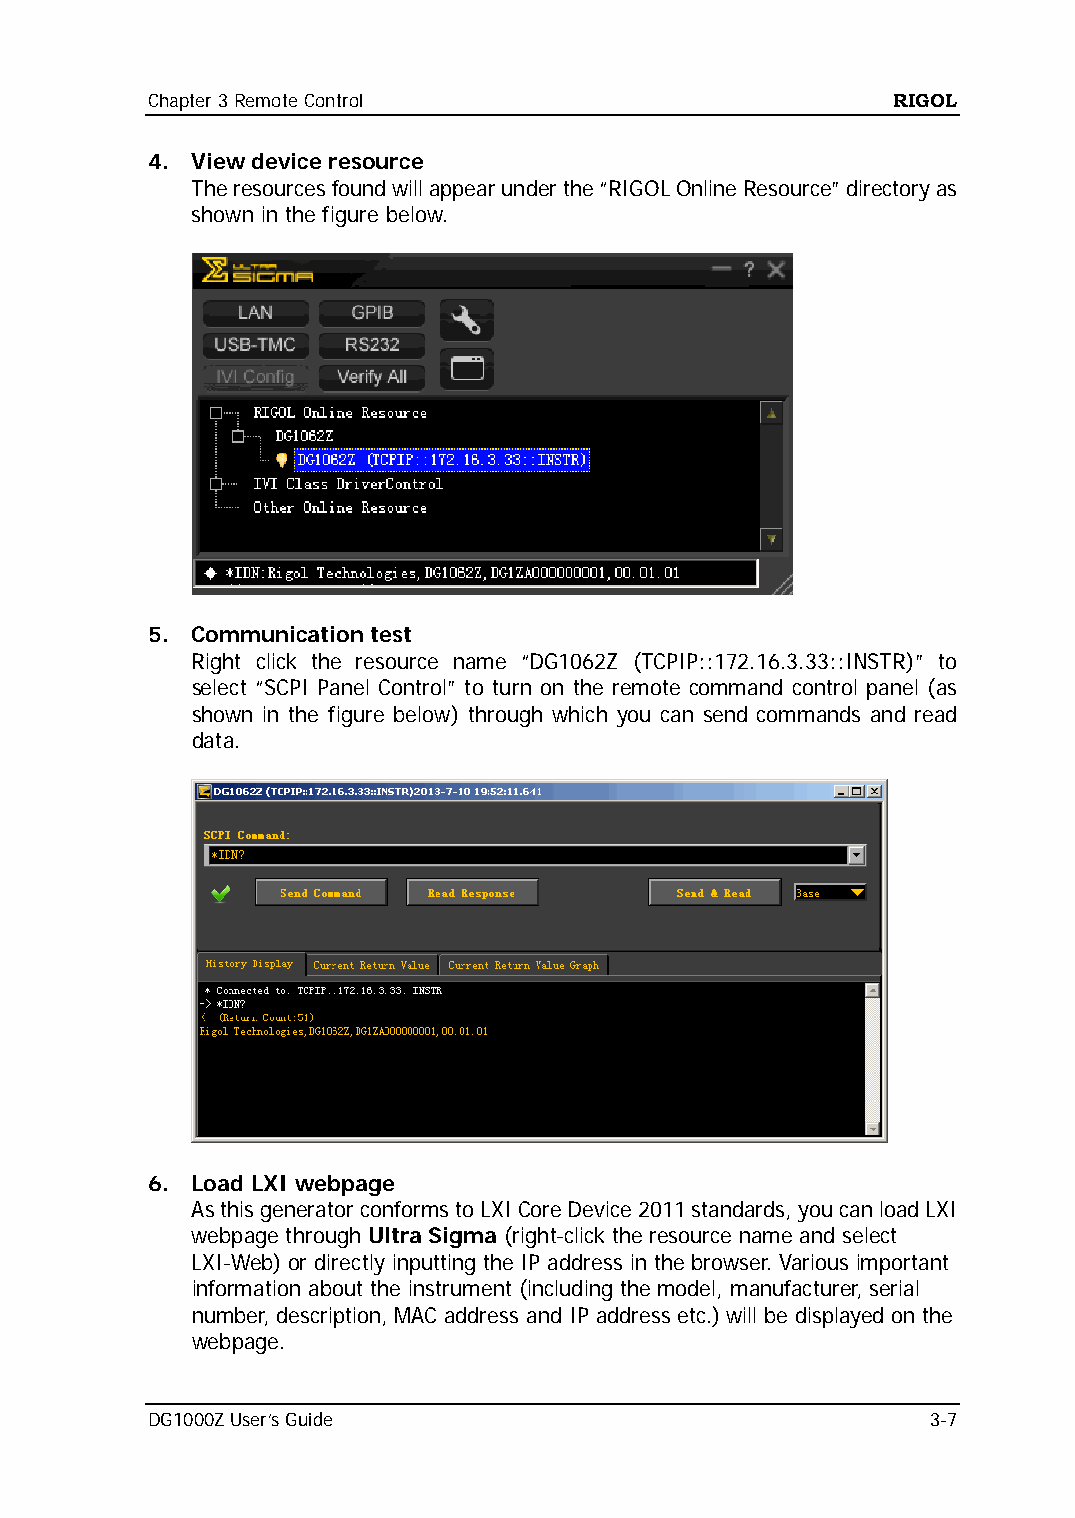
Chapter 3 Remote Control                         RIGOL
 4. View device resource
 The resources found will appear under the “RIGOL Online Resource” directory as
 shown in the figure below.
 5. Communication test
 Right click the resource name “DG1062Z (TCPIP::172.16.3.33::INSTR)” to
 select “SCPI Panel Control” to turn on the remote command control panel (as
 shown in the figure below) through which you can send commands and read
 data.
 6. Load LXI webpage
 As this generator conforms to LXI Core Device 2011 standards, you can load LXI
 webpage through Ultra Sigma (right-click the resource name and select
 LXI-Web) or directly inputting the IP address in the browser. Various important
 information about the instrument (including the model, manufacturer, serial
 number, description, MAC address and IP address etc.) will be displayed on the
 webpage.
 DG1000Z User’s Guide                                3-7